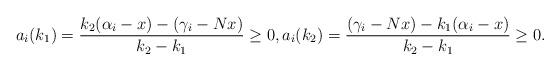
LaTeX: \begin{align*}a_i(k_1)=\frac{k_2(\alpha_i-x)-(\gamma_i-Nx)}{k_2-k_1}\ge 0,a_i(k_2)=\frac{(\gamma_i-Nx)-k_1(\alpha_i-x)}{k_2-k_1}\ge 0.\end{align*}